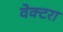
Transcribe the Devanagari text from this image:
वेक्टरा